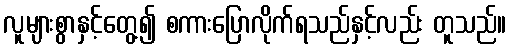
လူများစွာနှင့်တွေ့၍ စကားပြောလိုက်ရသည်နှင့်လည်း တူသည်။